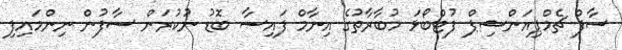
ސާފް ޗެމްޕިއަންޝިޕް ފުޓްބޯޅަ މުބާރާތުގެ އިނާމް ފައިސާ ބޮޑު ނުކުރަން ސާފުން ނިންމައިފި